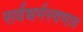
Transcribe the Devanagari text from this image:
सर्वधर्मस्वभाव